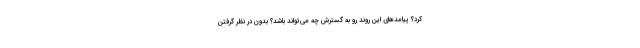
کرد؟ پیامدهای این روند رو به گسترش چه می‌تواند باشد؟ بدون در نظر گرفتن